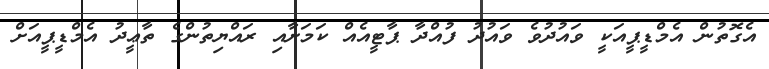
އެގޮތުން އެމްޑީޕީއަކީ ވައުދުވެ ވައުދު ފުއްދާ ޕާޓީއެއް ކަމަށާއި ރައްޔިތުންގެ ތާޢީދު އެމްޑީޕީއަށް